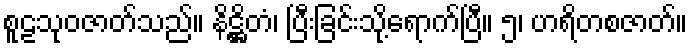
စူဠသုဝဇာတ်သည်။ နိဋ္ဌိတံ၊ ပြီးခြင်းသို့ရောက်ပြီ။ ၅၊ ဟရိတစဇာတ်။